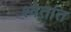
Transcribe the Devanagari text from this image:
श्वेतांत